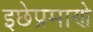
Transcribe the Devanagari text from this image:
इछेप्रमाणे